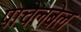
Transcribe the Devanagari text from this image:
पाचेलबेल